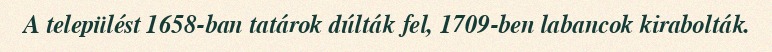
A települést 1658-ban tatárok dúlták fel, 1709-ben labancok kirabolták.